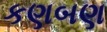
કણબણ